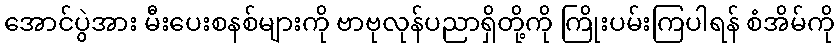
အောင်ပွဲအား မီးပေးစနစ်များကို ဗာဗုလုန်ပညာရှိတို့ကို ကြိုးပမ်းကြပါရန် စံအိမ်ကို